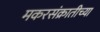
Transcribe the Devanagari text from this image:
मकरसंक्रातीच्या